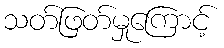
သတ်ဖြတ်မှုကြောင့်